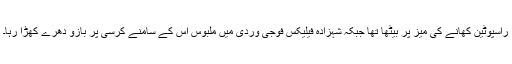
راسپوٹین کھانے کی میز پر بیٹھا تھا جبکہ شہزادہ فیلیکس فوجی وردی میں ملبوس اس کے سامنے کرسی پر بازو دھرے کھڑا رہا۔